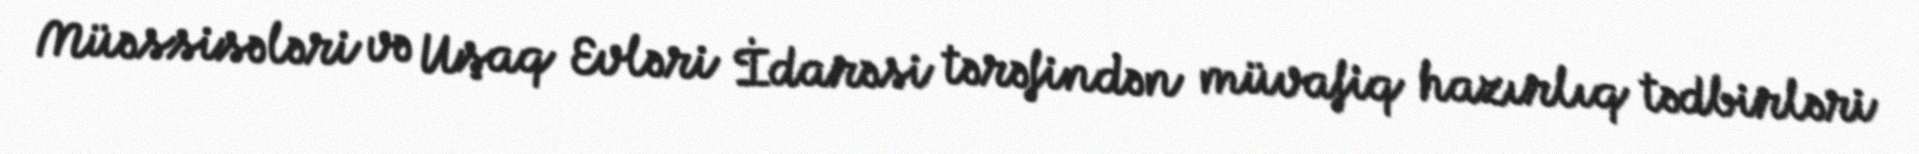
Müəssisələri və Uşaq Evləri İdarəsi tərəfindən müvafiq hazırlıq tədbirləri